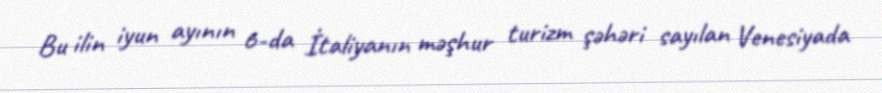
Bu ilin iyun ayının 6-da İtaliyanın məşhur turizm şəhəri sayılan Venesiyada